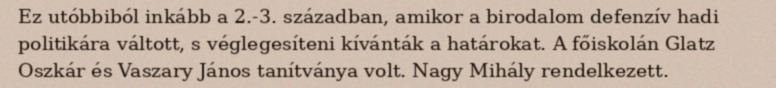
Ez utóbbiból inkább a 2.-3. században, amikor a birodalom defenzív hadi politikára váltott, s véglegesíteni kívánták a határokat. A főiskolán Glatz Oszkár és Vaszary János tanítványa volt. Nagy Mihály rendelkezett.